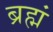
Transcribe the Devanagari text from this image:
ब्रह्मं